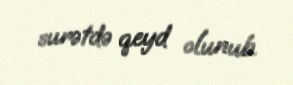
surətdə qeyd olunub.